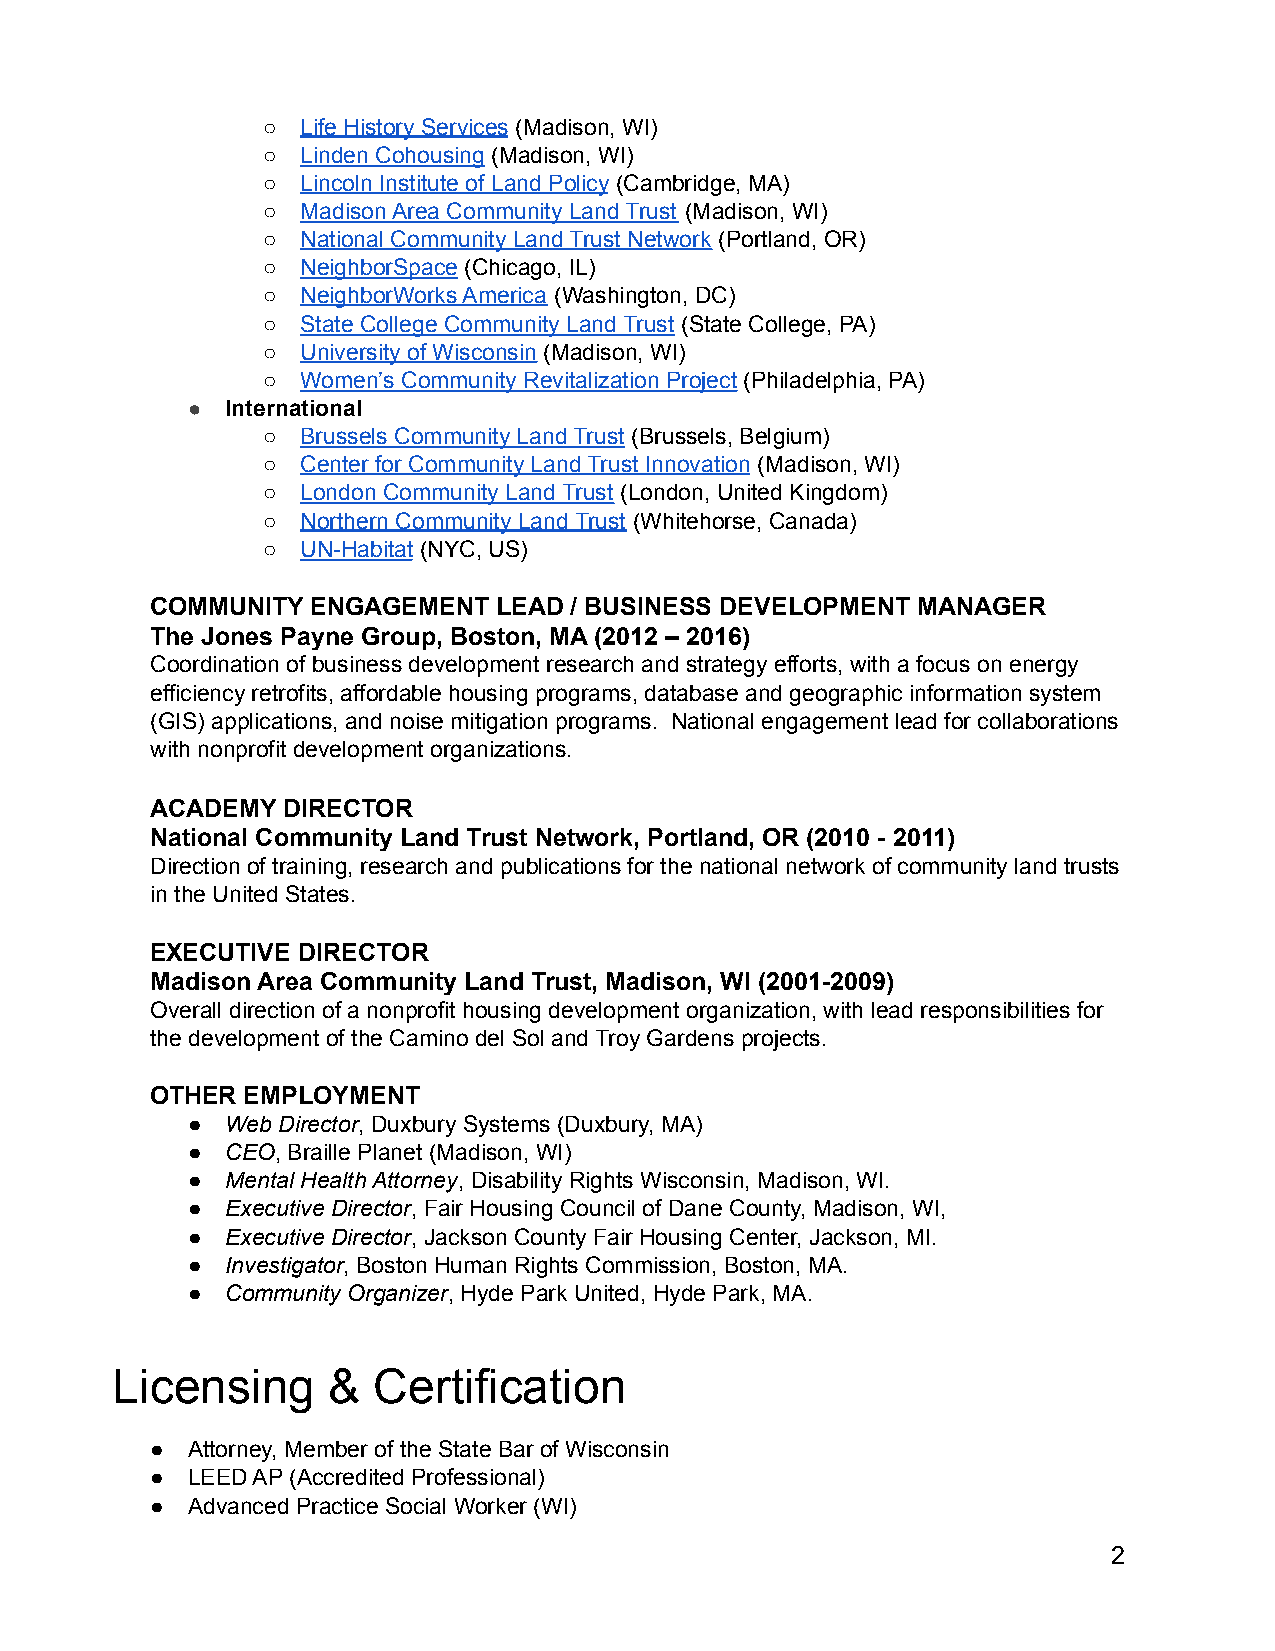
○  Life History Services (Madison, WI)
 ○  Linden Cohousing (Madison, WI)
 ○  Lincoln Institute of Land Policy (Cambridge, MA)
 ○  Madison Area Community Land Trust (Madison, WI)
 ○  National Community Land Trust Network (Portland, OR)
 ○  NeighborSpace (Chicago, IL)
 ○  NeighborWorks America (Washington, DC)
 ○  State College Community Land Trust (State College, PA)
 ○  University of Wisconsin (Madison, WI)
 ○  Women’s Community Revitalization Project (Philadelphia, PA)
 ●  International
 ○  Brussels Community Land Trust (Brussels, Belgium)
 ○  Center for Community Land Trust Innovation (Madison, WI)
 ○  London Community Land Trust (London, United Kingdom)
 ○  Northern Community Land Trust (Whitehorse, Canada)
 ○  UN-Habitat (NYC, US)
 COMMUNITY  ENGAGEMENT  LEAD / BUSINESS DEVELOPMENT MANAGER
 The Jones Payne Group, Boston, MA (2012 – 2016)
 Coordination of business development research and strategy efforts, with a focus on energy
 efficiency retrofits, affordable housing programs, database and geographic information system
 (GIS) applications, and noise mitigation programs. National engagement lead for collaborations
 with nonprofit development organizations.
 ACADEMY  DIRECTOR
 National Community Land Trust Network, Portland, OR (2010 - 2011)
 Direction of training, research and publications for the national network of community land trusts
 in the United States.
 EXECUTIVE DIRECTOR
 Madison Area Community Land Trust, Madison, WI (2001-2009)
 Overall direction of a nonprofit housing development organization, with lead responsibilities for
 the development of the Camino del Sol and Troy Gardens projects.
 OTHER EMPLOYMENT
 ●  Web Director, Duxbury Systems (Duxbury, MA)
 ●  CEO, Braille Planet (Madison, WI)
 ●  Mental Health Attorney, Disability Rights Wisconsin, Madison, WI.
 ●  Executive Director, Fair Housing Council of Dane County, Madison, WI,
 ●  Executive Director, Jackson County Fair Housing Center, Jackson, MI.
 ●  Investigator, Boston Human Rights Commission, Boston, MA.
 ●  Community Organizer, Hyde Park United, Hyde Park, MA.
 Licensing      &  Certification
 ● Attorney, Member of the State Bar of Wisconsin
 ● LEED AP (Accredited Professional)
 ● Advanced Practice Social Worker (WI)
 2